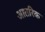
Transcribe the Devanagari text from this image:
आतरिक